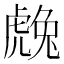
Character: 䖘